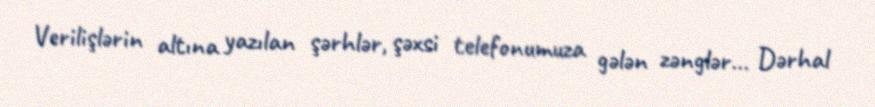
Verilişlərin altına yazılan şərhlər, şəxsi telefonumuza gələn zənglər… Dərhal